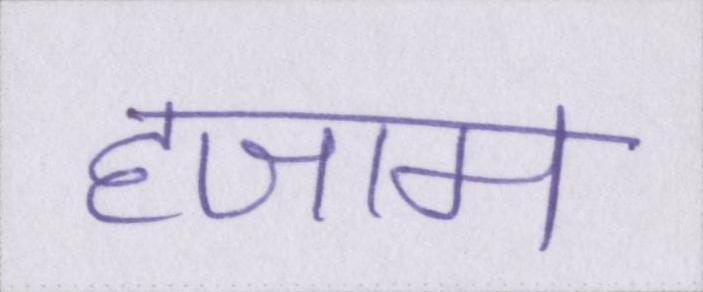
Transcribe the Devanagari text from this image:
हजाम